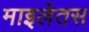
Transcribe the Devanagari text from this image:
माइलेतस